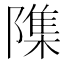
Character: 𮥢